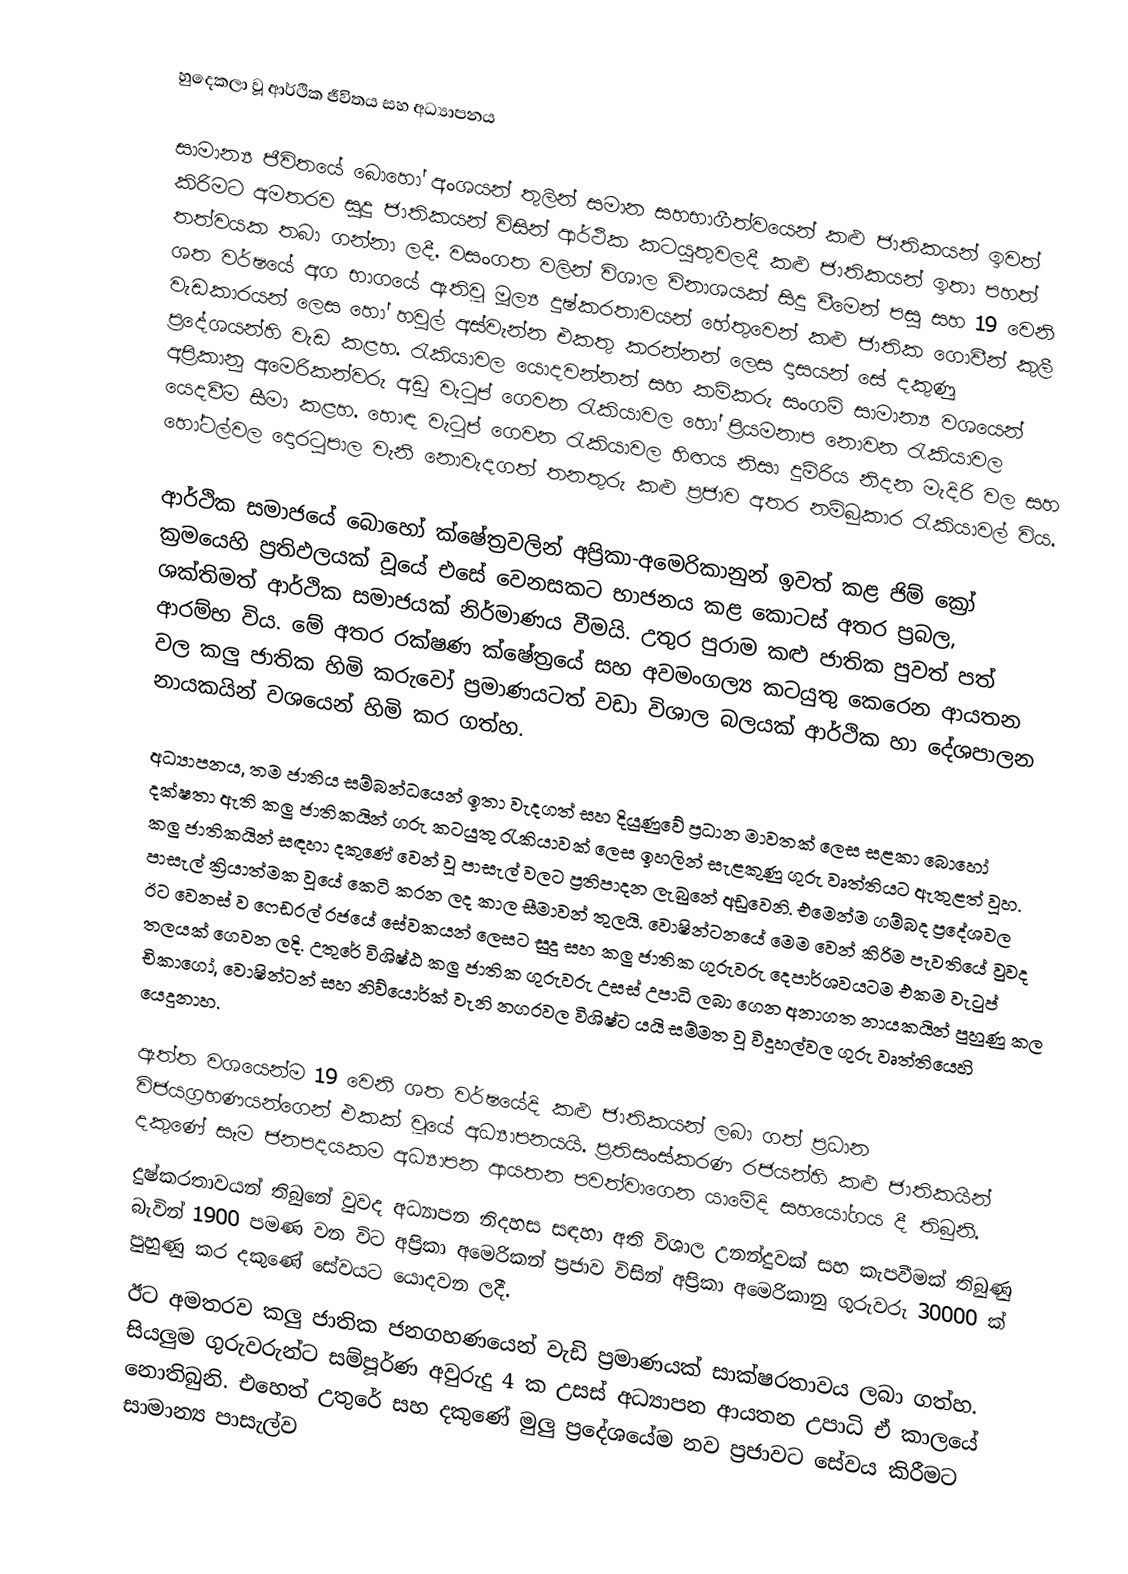
හුදෙකලා වූ ආර්ථික ජීවිතය සහ අධ්‍යාපනය

සාමාන්‍ය ජීවිතයේ බොහෝ අංශයන් තුලින් සමාන සහභාගීත්වයෙන් කළු ජාතිකයන් ඉවත් කිරිමට අමතරව සුදු ජාතිකයන් විසින් ආර්ථික කටයුතුවලදී කළු ජාතිකයන් ඉතා පහත් තත්වයක තබා ගන්නා ලදී. වසංගත වලින් විශාල විනාශයක් සිදු වීමෙන් පසු සහ 19 වෙනි ශත වර්ෂයේ අග භාගයේ ඇතිවූ මූල්‍ය දුෂ්කරතාවයන් හේතුවෙන් කළු ජාතික ගොවීන් කුලී වැඩකාරයන් ලෙස හෝ හවුල් අස්වැන්න එකතු කරන්නන් ලෙස දාසයන් සේ දකුණු ප්‍රදේශයන්හි වැඩ කළහ. රැකියාවල යොදවන්නන් සහ කම්කරු සංගම් සාමාන්‍ය වශයෙන් අප්‍රිකානු අමෙරිකන්වරු අඩු වැටුප් ගෙවන රැකියාවල හෝ ප්‍රියමනාප නොවන රැකියාවල යෙදවීම සීමා කළහ. හොඳ වැටුප් ගෙවන රැකියාවල හිඟය නිසා දුම්රිය නිදන මැදිරි වල සහ හෝටල්වල දොරටුපාල වැනි නොවැදගත් තනතුරු කළු ප්‍රජාව අතර නම්බුකාර රැකියාවල් විය.

ආර්ථික සමාජයේ බොහෝ ක්ෂේත්‍රවලින් අප්‍රිකා-අමෙරිකානුන් ඉවත් කළ ජිම් ක්‍රෝ ක්‍රමයෙහි ප්‍රතිඵලයක් වූයේ එසේ වෙනසකට භාජනය කළ කොටස් අතර ප්‍රබල, ශක්තිමත් ආර්ථික සමාජයක් නිර්මාණය වීමයි. උතුර පුරාම කළු ජාතික පුවත් පත් ආරම්භ විය. මේ අතර රක්ෂණ ක්ෂේත්‍රයේ සහ අවමංගල්‍ය කටයුතු කෙරෙන ආයතන වල කලු ජාතික හිමි කරුවෝ ප්‍රමාණයටත් වඩා විශාල බලයක් ආර්ථික හා දේශපාලන නායකයින් වශයෙන් හිමි කර ගත්හ.

අධ්‍යාපනය, තම ජාතිය සම්බන්ධයෙන් ඉතා වැදගත් සහ දියුණුවේ ප්‍රධාන මාවතක් ලෙස සළකා බොහෝ දක්ෂතා ඇති කලු ජාතිකයින් ගරු කටයුතු රැකියාවක් ලෙස ඉහලින් සැළකුණු ගුරු වෘත්තියට ඇතුළත් වූහ. කලු ජාතිකයින් සඳහා දකුණේ වෙන් වූ පාසැල් වලට ප්‍රතිපාදන ලැබුනේ අඩුවෙනි. එමෙන්ම ගම්බද ප්‍රදේශවල පාසැල් ක්‍රියාත්මක වූයේ කෙටි කරන ලද කාල සීමාවන් තුලයි. වොෂින්ටනයේ මෙම වෙන් කිරිම පැවතියේ වුවද ඊට වෙනස් ව ෆෙඩරල් රජයේ සේවකයන් ලෙසට සුදු සහ කලු ජාතික ගුරුවරු දෙපාර්ශවයටම එකම වැටුප් තලයක් ගෙවන ලදි. උතුරේ විශිෂ්ඨ කලු ජාතික ගුරුවරු උසස් උපාධි ලබා ගෙන අනාගත නායකයින් පුහුණු කල චිකාගෝ, වොෂින්ටන් සහ නිව්යොර්ක් වැනි නගරවල විශිෂ්ට යයි සම්මත වූ විදුහල්වල ගුරු වෘත්තියෙහි යෙදුනාහ.

ඇත්ත වශයෙන්ම 19 වෙනි ශත වර්ෂයේදි කළු ජාතිකයන් ලබා ගත් ප්‍රධාන විජයග්‍රහණයන්ගෙන් එකක් වූයේ අධ්‍යාපනයයි. ප්‍රතිසංස්කරණ රජයන්හි කළු ජාතිකයින් දකුණේ සෑම ජනපදයකම අධ්‍යාපන ආයතන පවත්වාගෙන යාමේදි සහයෝගය දී තිබුනි.
දුෂ්කරතාවයන් තිබුනේ වුවද අධ්‍යාපන නිදහස සඳහා අති විශාල උනන්දුවක් සහ කැපවීමක් තිබුණු බැවින් 1900 පමණ වන විට අප්‍රිකා අමෙරිකන් ප්‍රජාව විසින් අප්‍රිකා අමෙරිකානු ගුරුවරු 30000 ක් පුහුණු කර දකුණේ සේවයට යොදවන ලදී.
ඊට අමතරව කලු ජාතික ජනගහණයෙන් වැඩි ප්‍රමාණයක් සාක්ෂරතාවය ලබා ගත්හ. සියලුම ගුරුවරුන්ට සම්පූර්ණ අවුරුදු 4 ක උසස් අධ්‍යාපන ආයතන උපාධි ඒ කාලයේ නොතිබුනි. එහෙත් උතුරේ සහ දකුණේ මුලු ප්‍රදේශයේම නව ප්‍රජාවට සේවය කිරීමට සාමාන්‍ය පාසැල්ව